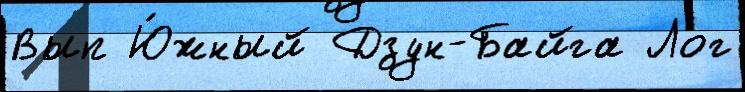
Вып Ю́жный Дзун-Байга Лог